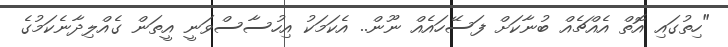
"ހިތުގައި އޮތް އެއްޗެއް ބުނާކަށް ފަސޭހައެއް ނޫން.. އެކަމަކު އިހުސާސްވަނީ އީތަން ގެއްލިދާނެކަމުގެ